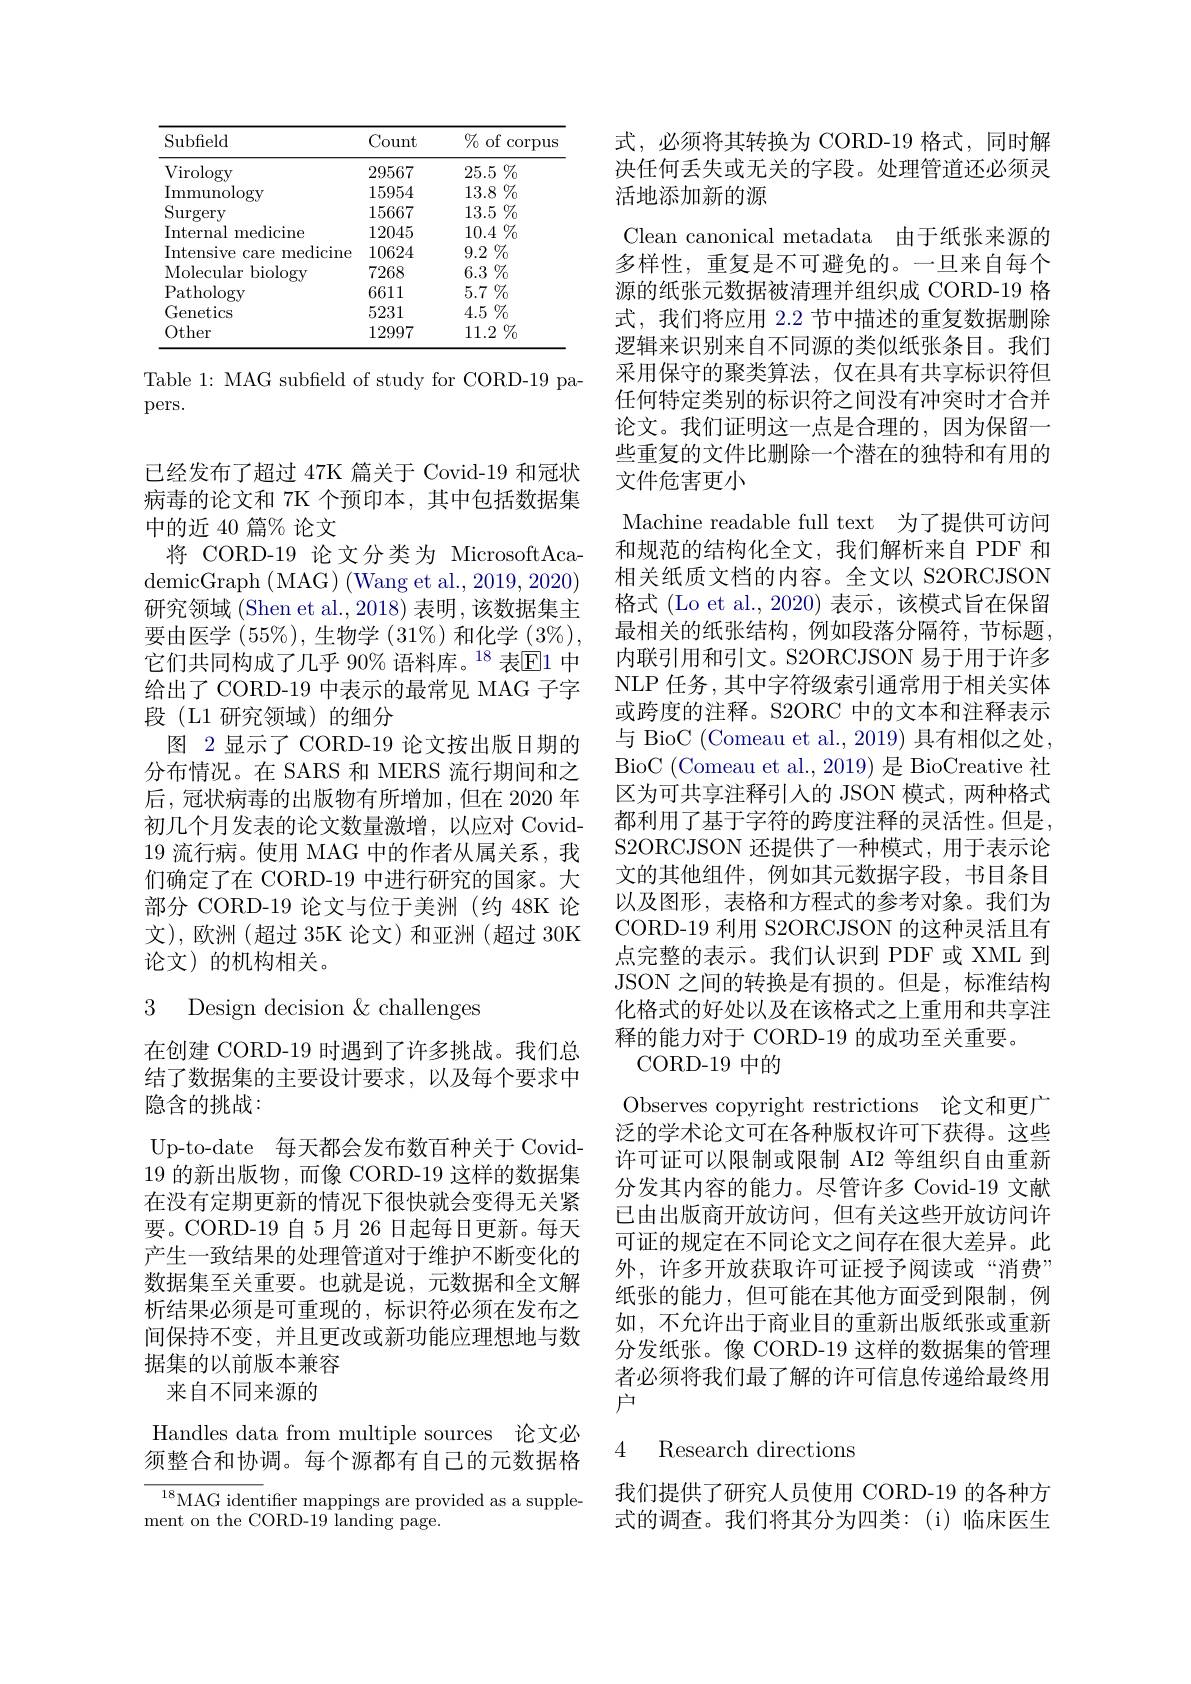
<table>
	<tbody>
		<tr>
			<th>Subfield</th>
			<th>Count</th>
			<th>$\%$of $\operatorname{corpus}$</th>
		</tr>
		<tr>
			<td>Virologv</td>
			<td>29567</td>
			<td>$25.5\%$</td>
		</tr>
		<tr>
			<td>Immunology</td>
			<td>15954</td>
			<td>$13.8\%$</td>
		</tr>
		<tr>
			<td>Surgery</td>
			<td>15667</td>
			<td>13.5 $5\%$</td>
		</tr>
		<tr>
			<td>Internal medicine</td>
			<td>12045</td>
			<td>$10.4\%$</td>
		</tr>
		<tr>
			<td>Intensive care medicine</td>
			<td>10624</td>
			<td>$9.2\%$</td>
		</tr>
		<tr>
			<td>Molecular biologv</td>
			<td>7268</td>
			<td>6.3 $\%$</td>
		</tr>
		<tr>
			<td>Pathology</td>
			<td>6611</td>
			<td>$5.7\%$</td>
		</tr>
		<tr>
			<td>Genetics</td>
			<td>5231</td>
			<td>$4.5\%$</td>
		</tr>
		<tr>
			<td>Other</td>
			<td>12997</td>
			<td>11.2 $2\%$</td>
		</tr>
	</tbody>
</table>

Table 1: MAG subfield of study for CORD-19 pa-
pers.

已经发布了超过 47K 篇关于 Covid-19 和冠状病毒的论文和 7K 个预印本，其中包括数据集中的近 40 篇% 论文
将 CORD-19 论文分类为 MicrosoftAca- ${\mathrm{demicGraph~(MAG)~(Wang~et~al.,~2019,~2020)}}$ 研究领域 (Shen et al., 2018) 表明，该数据集主要由医学$(55\%)$,生物学$(31\%)$和化学$(3\%)$, 它们共同构成了几乎 90% 语料库。$^{18}$ 表$\mathbb{E}$1 中给出了 CORD-19 中表示的最常见 MAG 子字段 (L1 研究领域)的细分
图 2显示了 CORD-19 论文按出版日期的分布情况。在 SARS 和 MERS 流行期间和之后，冠状病毒的出版物有所增加，但在 2020 年初几个月发表的论文数量激增，以应对 Covid- 19流行病。使用 MAG 中的作者从属关系，我们确定了在 CORD-19 中进行研究的国家。大部分 CORD-19 论文与位于美洲 (约 48K 论文),欧洲(超过 35K 论文)和亚洲(超过 30K 论文)的机构相关。

## 3 Design decision & challenges

在创建 CORD-19 时遇到了许多挑战。我们总结了数据集的主要设计要求，以及每个要求中隐含的挑战：
Up-to-date 每天都会发布数百种关于 Covid- 19 的新出版物，而像 CORD-19 这样的数据集在没有定期更新的情况下很快就会变得无关紧要。CORD-19 自 5月 26 日起每日更新。每天产生一致结果的处理管道对于维护不断变化的数据集至关重要。也就是说，元数据和全文解析结果必须是可重现的，标识符必须在发布之间保持不变，并且更改或新功能应理想地与数据集的以前版本兼容
来自不同来源的

Handles data from multiple sources 论文必须整合和协调。每个源都有自己的元数据格

${\frac{18}{\mathrm{MAG~ident}}}$tifer mappings are provided as a supple-
ment on the CORD-19 landing page.

式，必须将其转换为 CORD-19 格式，同时解决任何丢失或无关的字段。处理管道还必须灵活地添加新的源
Clean canonical metadata 由于纸张来源的多样性，重复是不可避免的。一旦来自每个源的纸张元数据被清理并组织成 CORD-19 格式，我们将应用 2.2 节中描述的重复数据删除逻辑来识别来自不同源的类似纸张条目。我们采用保守的聚类算法，仅在具有共享标识符但任何特定类别的标识符之间没有冲突时才合并论文。我们证明这一点是合理的，因为保留一些重复的文件比删除一个潜在的独特和有用的文件危害更小
Machine readable full text 为了提供可访问和规范的结构化全文，我们解析来自 PDF 和相关纸质文档的内容。全文以 S2ORCJSON 格式 (Lo et al.,2020) 表示，该模式旨在保留最相关的纸张结构，例如段落分隔符，节标题， 内联引用和引文。S2ORCJSON 易于用于许多NLP 任务，其中字符级索引通常用于相关实体或跨度的注释。S2ORC 中的文本和注释表示与 BioC (Comeau et al., 2019) 具有相似之处， BioC (Comeau et al.,2019) 是 BioCreative 社区为可共享注释引入的 JSON 模式，两种格式都利用了基于字符的跨度注释的灵活性。但是， S2ORCJSON 还提供了一种模式，用于表示论文的其他组件，例如其元数据字段，书目条目以及图形，表格和方程式的参考对象。我们为CORD-19 利用 S2ORCJSON 的这种灵活且有点完整的表示。我们认识到 PDF 或 XML 到JSON 之间的转换是有损的。但是，标准结构化格式的好处以及在该格式之上重用和共享注释的能力对于 CORD-19 的成功至关重要。
CORD- 19中的
Observes copyright restrictions 论文和更广泛的学术论文可在各种版权许可下获得。这些许可证可以限制或限制 AI2 等组织自由重新分发其内容的能力。尽管许多 Covid-19 文献已由出版商开放访问，但有关这些开放访问许可证的规定在不同论文之间存在很大差异。此外，许多开放获取许可证授予阅读或“消费” 纸张的能力，但可能在其他方面受到限制，例如，不允许出于商业目的重新出版纸张或重新分发纸张。像 CORD-19 这样的数据集的管理者必须将我们最了解的许可信息传递给最终用户

### 4 Research directions

我们提供了研究人员使用 CORD-19 的各种方式的调查。我们将其分为四类：(i)临床医生